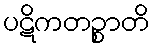
ပဋိကတဉ္စာတိ